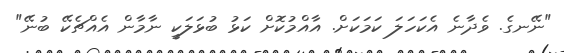
"ނޭނގެ. ވެދާނެ އެކަހަލަ ކަމަކަށް. އާއްމުކޮށް ކަޅު ބުޅަލަކީ ނާމާން އެއްޗެކޭ ބުނޭ"